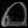
Digit: ၈